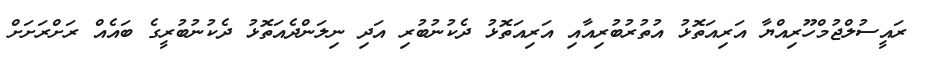
ރައީސުލްޖުމްހޫރިއްޔާ އަރިއަތޮޅު އުތުރުބުރިއާއި އަރިއަތޮޅު ދެކުނުބުރި އަދި ނިލަންދެއަތޮޅު ދެކުނުބުރީގެ ބައެއް ރަށްރަށަށް